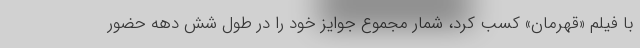
با فیلم «قهرمان» کسب کرد، شمار مجموع جوایز خود را در طول شش دهه حضور